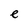
Character: e